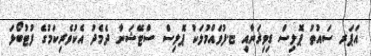
އަޕަރ ސައުތު ޕޮލިސް ޑިވިޜަނާއި ޏ.ފުވައްމުލަކު ޕޮލިސް ސްޓޭޝަނާ ދެމެދު އެކުވެރިކަމުގެ ފުޓުބޯޅަ